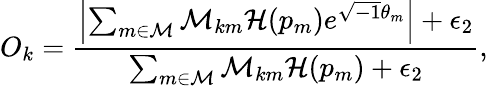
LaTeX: O_{k}=\frac{\left|\sum_{m\in{\cal{M}}}{\cal M}_{km}\mathcal{H}(p_{m})e^{\sqrt{-1}\theta_{m}}\right|+\epsilon_{2}}{\sum_{m\in{\cal{M}}}{\cal M}_{km}\mathcal{H}(p_{m})+\epsilon_{2}},